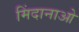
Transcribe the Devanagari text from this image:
मिंदानाओ